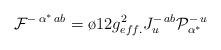
LaTeX: \begin{align*}{\cal F}^{-\,\alpha^*\,ab}= \o{1}{2}g^2_{eff.}J^{-\,ab}_u {\cal P}_{\alpha^*}^{-\, u}\end{align*}